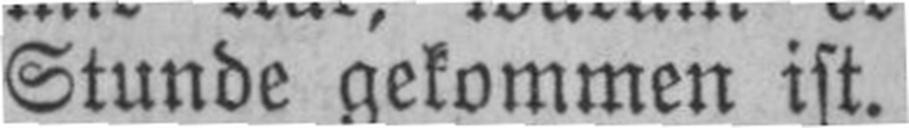
Stunde gekommen ist.